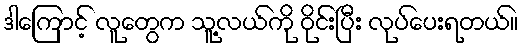
ဒါကြောင့် လူတွေက သူ့လယ်ကို ဝိုင်းပြီး လုပ်ပေးရတယ်။